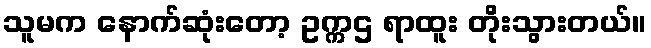
သူမက နောက်ဆုံးတော့ ဥက္ကဌ ရာထူး တိုးသွားတယ်။